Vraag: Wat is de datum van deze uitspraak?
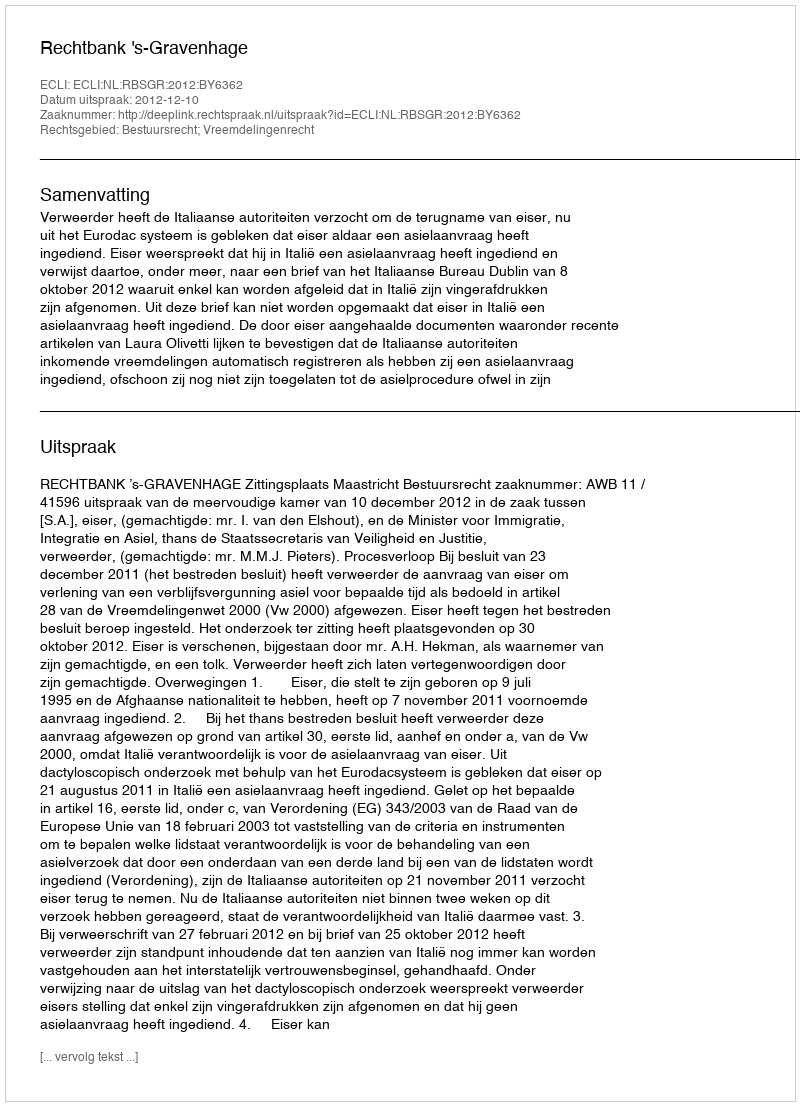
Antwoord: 2012-12-10